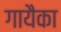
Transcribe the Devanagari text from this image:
गायैका